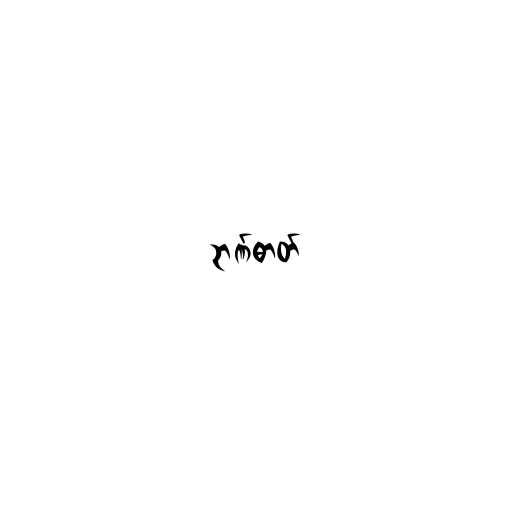
ဉာဏ်ဓာတ်